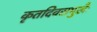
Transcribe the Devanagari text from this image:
कृतदिवसमुखैः